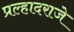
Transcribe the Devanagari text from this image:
प्रल्हादराजे